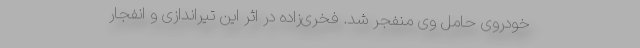
خودروی حامل وی منفجر شد. فخری‌زاده در اثر این تیراندازی‌ و انفجار